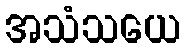
အသံသယေ